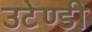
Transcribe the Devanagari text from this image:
उटेण्डी